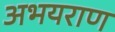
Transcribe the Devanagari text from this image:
अभयराण